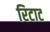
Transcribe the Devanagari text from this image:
रिटाट